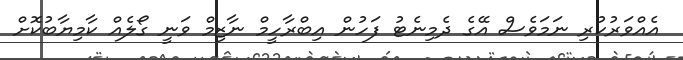
އެއްވަރުކުރި ނަމަވެސް އޭގެ ދެމިނެޓު ފަހުން އިބްރާހީމް ނާޒިމް ވަނީ ގޯލެއް ކާމިޔާބުކޮށް